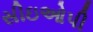
સીઇઓપી